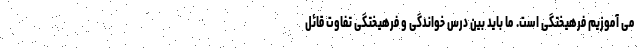
می آموزیم فرهیختگی است. ما باید بین درس خواندگی و فرهیختگی تفاوت قائل